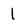
Character: l